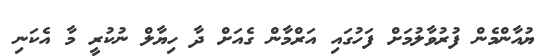
ޔުއާންމެން ފުރުވާލުމަށް ފަހުގައި އަރްމާން ގެއަށް ދާ ހިޔާލް ނުކުރީ މާ އެކަނި